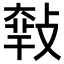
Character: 𢾴